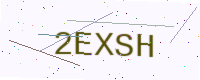
Text: 2EXSH